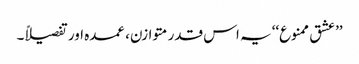
’’عشق ممنوع‘‘ یہ اس قدر متوازن، عمدہ اور تفصیلاً۔